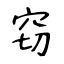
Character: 窃